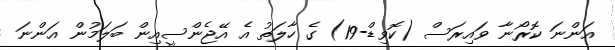
އަންނަ ކޮރޯނާ ވައިރަސް (ކޮވިޑް-19) ގެ ހާލަތު އެ އޭޖެންސީއިން ބަލަމުން އަންނަ